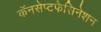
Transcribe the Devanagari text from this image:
कॅनसेप्टफैसिनेशन